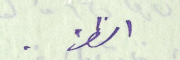
الظن .